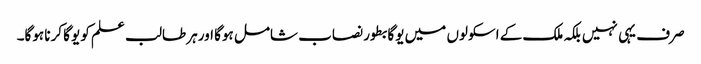
صرف یہی نہیں بلکہ ملک کے اسکولوں میں یوگا بطور نصاب شامل ہوگا اورہر طالب علم کو یوگا کرنا ہوگا۔